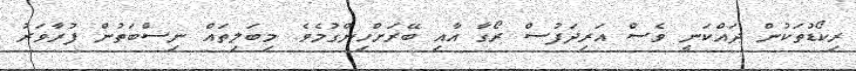
ރިކޯޑުތަކުން ދައްކަނީ ވެސް އަރިދަފުސް ރޯގާ އާއި ބޭރަށްހިންގުމެވެ. މިބަލިތައް ނިސްބަތުން ފުރާވަރު